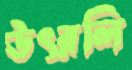
উৎরলি